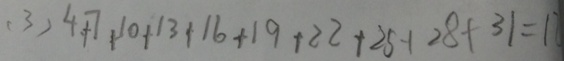
( 3 ) 4 + 7 + 1 0 + 1 3 + 1 6 + 1 9 + 2 2 + 2 5 + 2 8 + 3 1 = 1 7